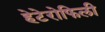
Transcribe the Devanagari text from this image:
हेटेरोफिली